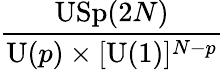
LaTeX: {\frac{\mathrm{USp}(2N)}{\mathrm{U}(p)\times[\mathrm{U}(1)]^{N-p}}}